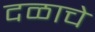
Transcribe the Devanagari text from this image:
दळाचे